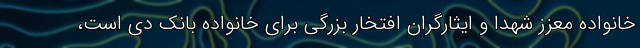
خانواده معزز شهدا و ایثارگران افتخار بزرگی برای خانواده بانک دی است،